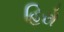
હિરો